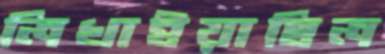
লিখাইয়াছিল